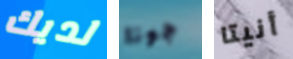
لديك جونا أنيتا